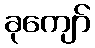
ခုကျော်